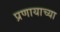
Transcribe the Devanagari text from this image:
प्रणायाच्या